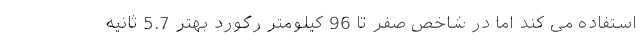
استفاده می کند اما در شاخص صفر تا 96 کیلومتر رکورد بهتر 5.7 ثانیه